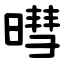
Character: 暳